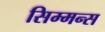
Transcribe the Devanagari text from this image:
सिम्मन्स